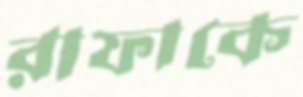
রাফাকে